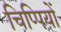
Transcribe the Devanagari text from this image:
चिप्पियों